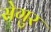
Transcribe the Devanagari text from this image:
सेगुर